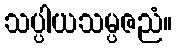
သပ္ပါယသမ္ပဇညံ။